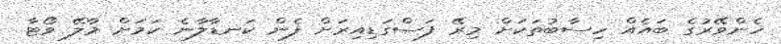
ހެންވޭރުގެ ބައެއް ހިސާބުތަކަށް މިރޭ ފަސްގަޑިއިރަށް ފެން ކަނޑާލާނެ ކަމަށް މާލޭ ވޯޓާ